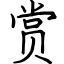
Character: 赏